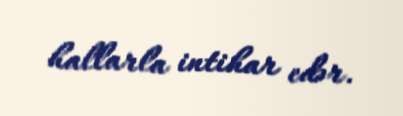
hallarla intihar edər.